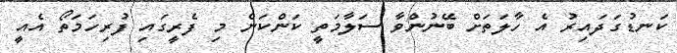
ކަނޑުގަދައިރު އެ ހާލަތަށް ބޭނުންވާ ސަލާމަތީ ކަންކަން މި ފެރީގައި ފުރިހަމަތޯ އެއީ